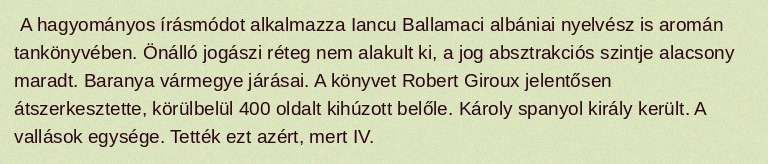
A hagyományos írásmódot alkalmazza Iancu Ballamaci albániai nyelvész is aromán tankönyvében. Önálló jogászi réteg nem alakult ki, a jog absztrakciós szintje alacsony maradt. Baranya vármegye járásai. A könyvet Robert Giroux jelentősen átszerkesztette, körülbelül 400 oldalt kihúzott belőle. Károly spanyol király került. A vallások egysége. Tették ezt azért, mert IV.